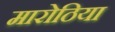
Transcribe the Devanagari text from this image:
मारोठिया